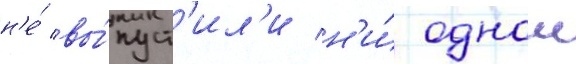
н'е́ вы́пуст'ил'и н'и́ однои